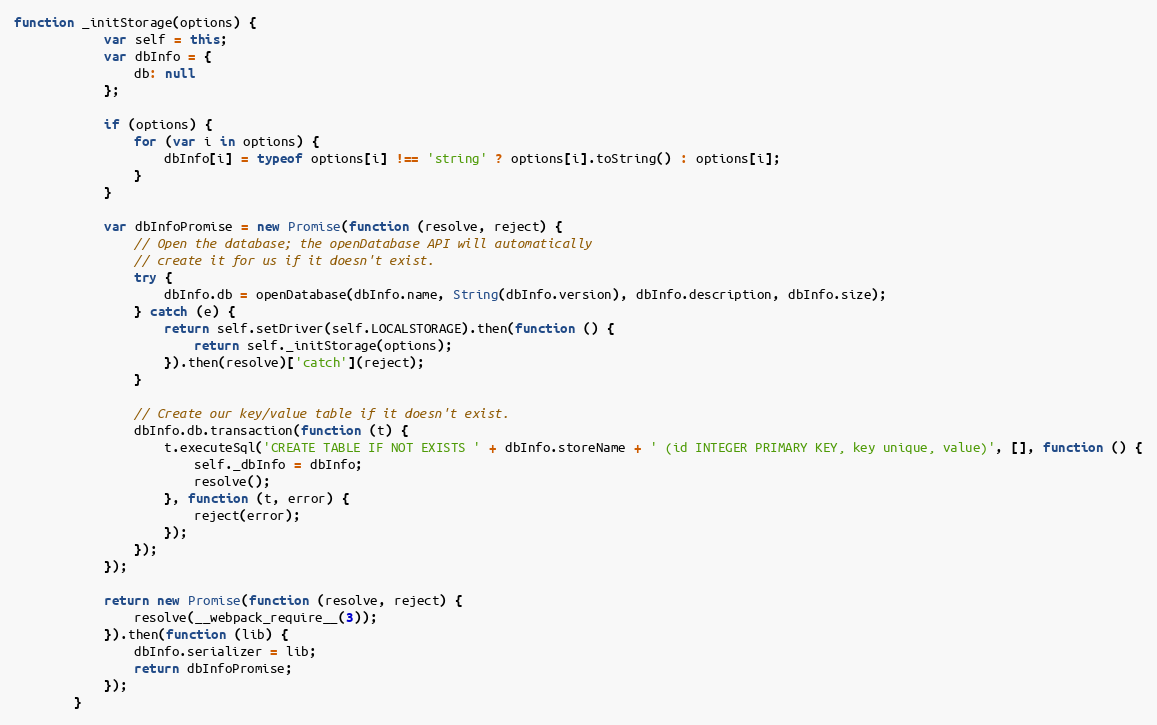
Language: JavaScript
function _initStorage(options) {
	        var self = this;
	        var dbInfo = {
	            db: null
	        };

	        if (options) {
	            for (var i in options) {
	                dbInfo[i] = typeof options[i] !== 'string' ? options[i].toString() : options[i];
	            }
	        }

	        var dbInfoPromise = new Promise(function (resolve, reject) {
	            // Open the database; the openDatabase API will automatically
	            // create it for us if it doesn't exist.
	            try {
	                dbInfo.db = openDatabase(dbInfo.name, String(dbInfo.version), dbInfo.description, dbInfo.size);
	            } catch (e) {
	                return self.setDriver(self.LOCALSTORAGE).then(function () {
	                    return self._initStorage(options);
	                }).then(resolve)['catch'](reject);
	            }

	            // Create our key/value table if it doesn't exist.
	            dbInfo.db.transaction(function (t) {
	                t.executeSql('CREATE TABLE IF NOT EXISTS ' + dbInfo.storeName + ' (id INTEGER PRIMARY KEY, key unique, value)', [], function () {
	                    self._dbInfo = dbInfo;
	                    resolve();
	                }, function (t, error) {
	                    reject(error);
	                });
	            });
	        });

	        return new Promise(function (resolve, reject) {
	            resolve(__webpack_require__(3));
	        }).then(function (lib) {
	            dbInfo.serializer = lib;
	            return dbInfoPromise;
	        });
	    }